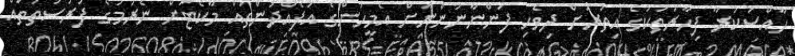
ހާއްސަކުރާ ފިހާރަތަކުގެ އިތުރަށް ދިވެހި ފަންނާނުންނަށް އެމީހުންގެ އުފެއްދުންތައް މާކެޓަށް ނެރުމުގެ ފުރުސަތުތައް